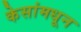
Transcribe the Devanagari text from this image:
केसांमधून